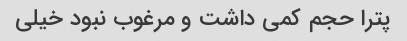
پترا حجم کمی‌ داشت و مرغوب‌ نبود خیلی